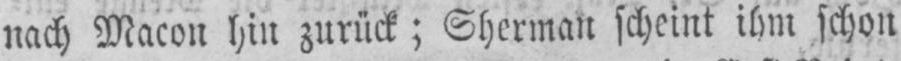
nach Macon hin zurück; Sherman scheint ihm schon